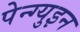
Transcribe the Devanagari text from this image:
पेन्ग्युइन